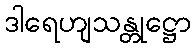
ဒါရေဟျသန္တုဋ္ဌော